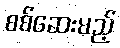
စစ်ဆေးမည့်